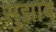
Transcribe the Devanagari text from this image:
सुझाब